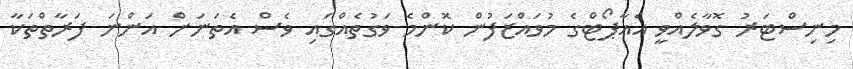
މިނިސްޓަރު ގޮވާލެއްވީ އެއާޕޯޓްގެ މުވައްޒަފުން ކޮންމެ ވަގުތެއްގައި ވެސް އެތަނަށް އަންނަ ފަރާތްތަކާ